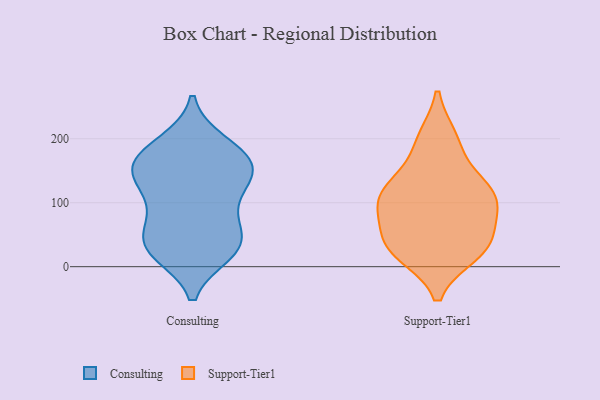
{"axis": {"x": "Humidity (%)", "y": "Value"}, "legend": ["Consulting", "Support-Tier1"], "data": [{"x": "", "y": 142, "type": "Consulting"}, {"x": "", "y": 36, "type": "Consulting"}, {"x": "", "y": 166, "type": "Consulting"}, {"x": "", "y": 88, "type": "Consulting"}, {"x": "", "y": 35, "type": "Consulting"}, {"x": "", "y": 29, "type": "Consulting"}, {"x": "", "y": 107, "type": "Consulting"}, {"x": "", "y": 144, "type": "Consulting"}, {"x": "", "y": 192, "type": "Consulting"}, {"x": "", "y": 32, "type": "Consulting"}, {"x": "", "y": 67, "type": "Consulting"}, {"x": "", "y": 137, "type": "Consulting"}, {"x": "", "y": 23, "type": "Consulting"}, {"x": "", "y": 162, "type": "Consulting"}, {"x": "", "y": 185, "type": "Consulting"}, {"x": "", "y": 159, "type": "Consulting"}, {"x": "", "y": 21, "type": "Support-Tier1"}, {"x": "", "y": 200, "type": "Support-Tier1"}, {"x": "", "y": 25, "type": "Support-Tier1"}, {"x": "", "y": 111, "type": "Support-Tier1"}, {"x": "", "y": 112, "type": "Support-Tier1"}, {"x": "", "y": 33, "type": "Support-Tier1"}, {"x": "", "y": 79, "type": "Support-Tier1"}, {"x": "", "y": 35, "type": "Support-Tier1"}, {"x": "", "y": 39, "type": "Support-Tier1"}, {"x": "", "y": 129, "type": "Support-Tier1"}, {"x": "", "y": 132, "type": "Support-Tier1"}, {"x": "", "y": 195, "type": "Support-Tier1"}, {"x": "", "y": 95, "type": "Support-Tier1"}, {"x": "", "y": 95, "type": "Support-Tier1"}]}